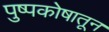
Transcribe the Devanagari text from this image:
पुष्पकोषातून